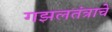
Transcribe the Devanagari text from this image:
गझलतंत्राचे